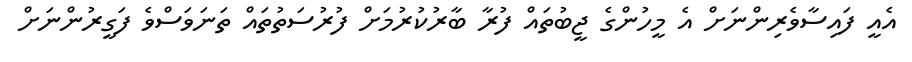
އެއީ ފައިސާވެރިންނަށް އެ މީހުންގެ ޖީބުތައް ފުރާ ބާރުކުރުމަށް ފުރުސަތުތައް ތަނަވަސްވެ ފަގީރުންނަށް